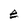
Character: e